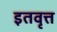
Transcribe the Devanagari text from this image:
इतवृत्त